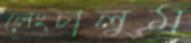
লেংচালুম